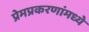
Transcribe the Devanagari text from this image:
प्रेमप्रकरणांमध्ये